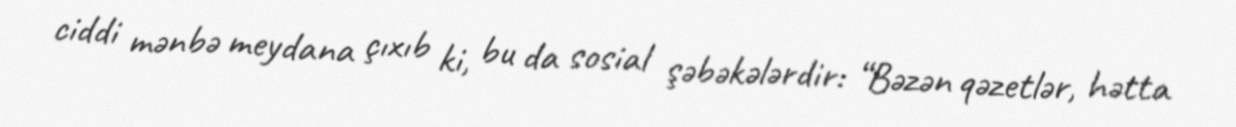
ciddi mənbə meydana çıxıb ki, bu da sosial şəbəkələrdir: “Bəzən qəzetlər, hətta